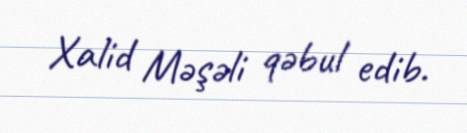
Xalid Məşəli qəbul edib.